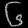
Digit: ၆